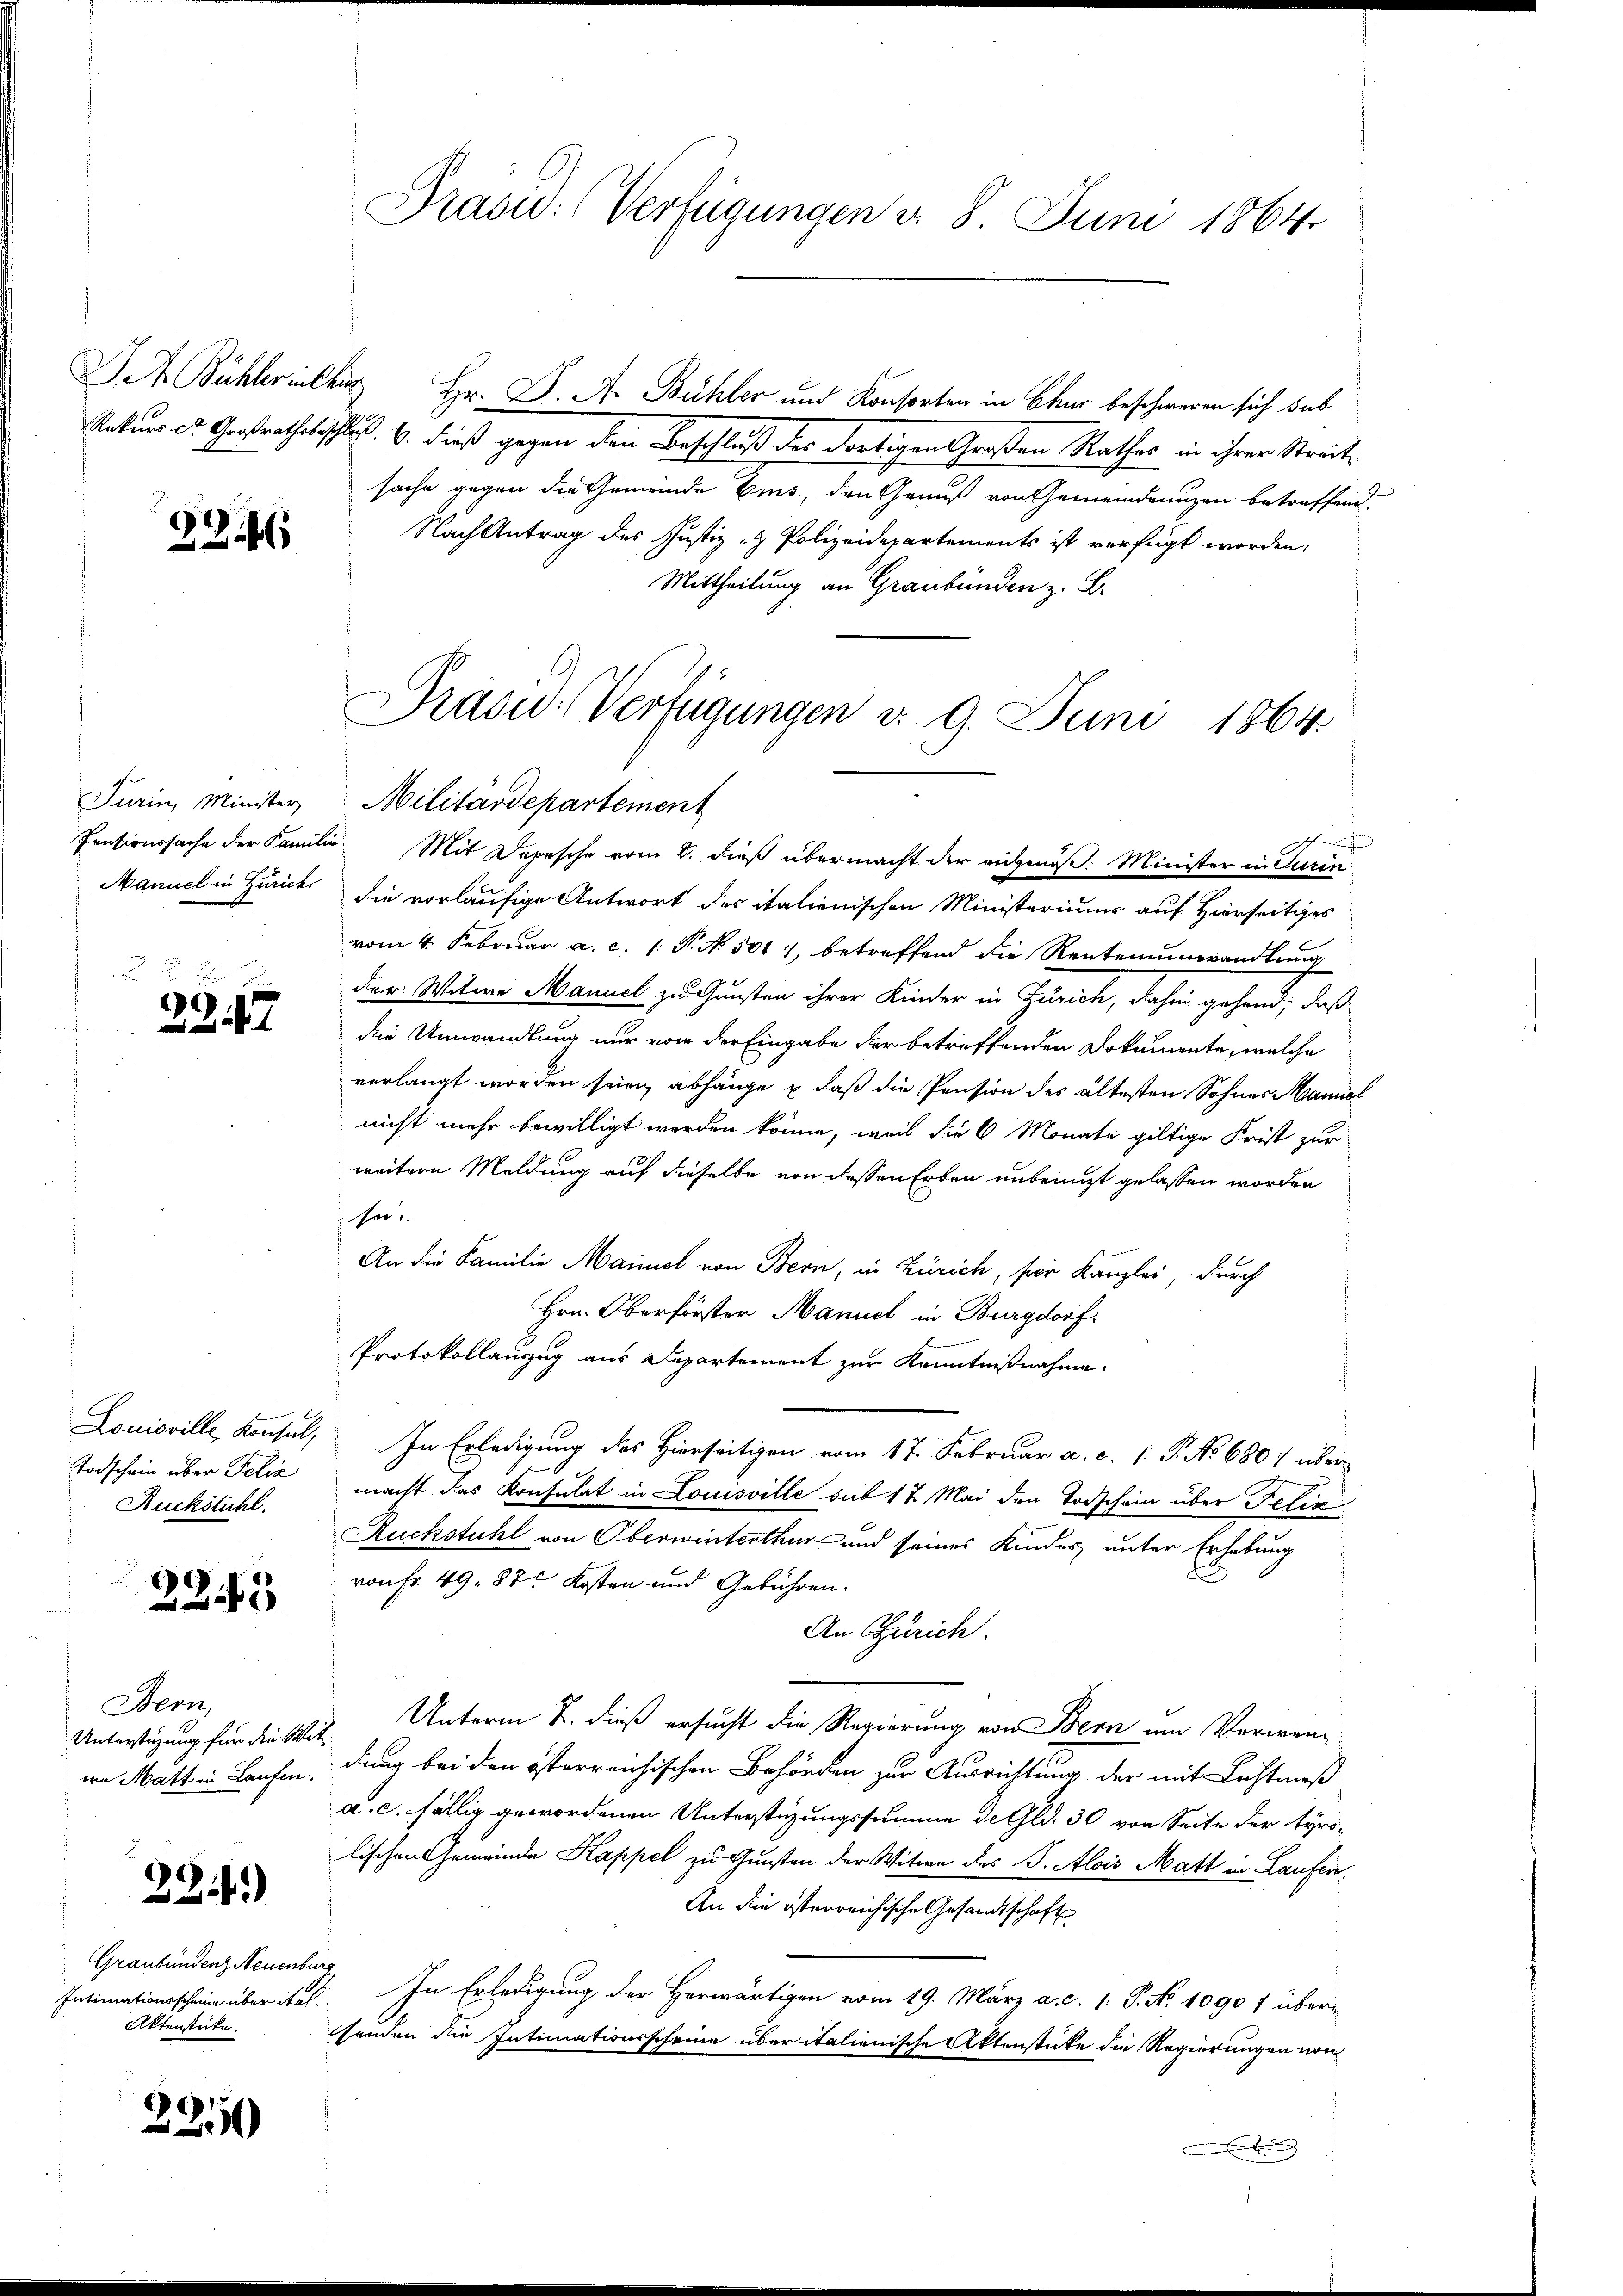
226

Turin, Minister,

39. 17

Todschein über Felix
Ruckstuhl.

245

Bern,
Unterstüzung für die Wit¬

23.4)

Graubündenz Neuenburg
Intimationsschein über ital.
Aktenstücke.

2250

Präsid. Verfügungen d. 8. Juni 1864.

I Bühlerich Hr. D. A. Bühler und Konsorten in Chur beschweren sich sub
Raturs d. Gertratheschluß. 6. dieß gegen den Beschluß der dortigen Großen Rathes in ihrer Streits
sache gegen die Gemeinde Eis, den Genuß von Gemeindrungen betreffend.
Nach Antrag des Justiz- & Polizeidepartements ist verfügt worden,
Mittheilung an Graubünden z. B.
Präsid-Verfügungen v. 9. Juni 1864.

Militärdepartement
e
Fentionssache der Familie Mit Depesche vom 2. dieß übermacht der angenoß. Minister in Turin
Manuel in Zürich die vorläufige Antwort des italienischen Ministerium auf Hierseitiges
vom 4. Februar a. c. 1: P. No. 501, betreffend die Rentenunwandlung
der Witwe Manuel zu Gunsten ihrer Kinder in Zürich, dahin gehend, daß
die Umwandlung nur von der Eingabe der betreffenden Dokumente, welche
verlangt worden seien, abhänge & daß die Pension des ältesten Sohnes Mannel
nicht mehr bewilligt werden könne, weil die 6 Monate giltige Frist zur
weitere Meldung auf dieselbe von dessen Erben unbringt gelassen worden
Her
An die Familie Mainiel von Bern, in Zürich, für Kanzlei, durch
Hrn. Oberförster Manuel in Burgdorf:
Protokollauszug aus Departement zur Kenntnißnahme.
Louisville, Konsul, In Erledigung des Hierseitigen vom 17. Februar a. c. 1 P. No 680 über
macht das Konsulat in Louisville sub 17 Mai den Vorschein über Felix
Ruckstuhl von Oberwinterthur und seines Kindes unter Erhebung
von Fr. 49. 82. Kosten und Gebühren.
An Zürich.
Unterm 2. dieß ersucht die Regierung von Bern um Verwen-
wa Mattin Laufen, dung bei den österreichischen Behörden zur Ausrichtung der mit Lichtmeß
a. c. fällig gewordenen Unterstüzungssumme de Gld. 30 von Seite der tyro-
lischen Gemeinde Kappel zu Gunsten der Witwe des S. Alois Matt in Laufen.
An die österreichische Gesandtschaft
In Erledigung der Herwärtigen vom 19. März a. c. 1. P. N. 1090 f überhenden die Intimationsscheine über italienische Aktenstücke die Regierungen von